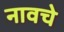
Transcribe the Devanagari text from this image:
नावचे